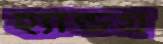
হ্যান্ডগ্র